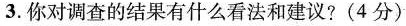
3.你对调查的结果有什么看法和建议?(4分)